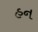
હન